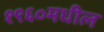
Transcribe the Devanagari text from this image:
१९६०मधील